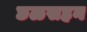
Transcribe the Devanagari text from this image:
छळसहन